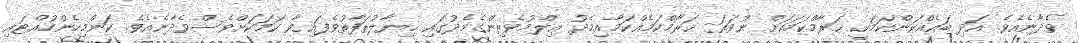
ވެދާނެއެވެ. އަދި ބައެއްކަންކަމަކީ ޙަރާމްކަމަކަށް ނުވަތަ ޙަރާމްކަމެއްކަމާއިމެދު ޢިލްމުވެރިންގެމެދުގައި ޚިޔާލުތަފާތުވެފައިވާ ކަމަކަށްވެސްވެދާނެއެވެ. ކަންމިހެންހުއްޓައި